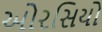
ઓરસિયો